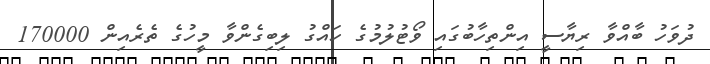
ދުވަހު ބާއްވާ ރިޔާސީ އިންތިހާބުގައި ވޯޓުލުމުގެ ހައްގު ލިބިގެންވާ މީހުގެ ތެރެއިން 170000